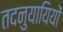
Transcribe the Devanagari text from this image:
तदनुयायियों